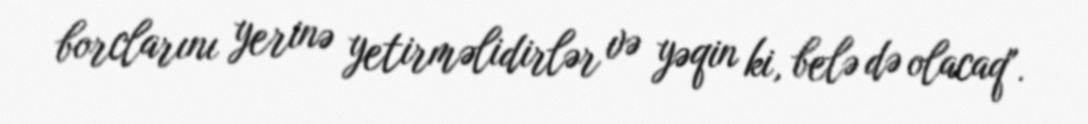
borclarını yerinə yetirməlidirlər və yəqin ki, belə də olacaq".